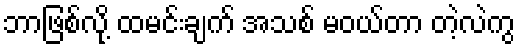
ဘာဖြစ်လို့ ထမင်းချက် အသစ် မဝယ်တာ တဲ့လဲကွ